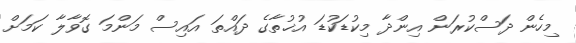
މިހެން ދަސްކުރަން އިންދާ މިކުޑަކުޑަ އުޚުތާގެ ދައްތަ އައިސް މަންމަ ގޮވާލާ ކަމަށް